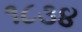
૧૮૩૪